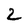
Character: Z